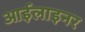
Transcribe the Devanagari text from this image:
आईलाइनर